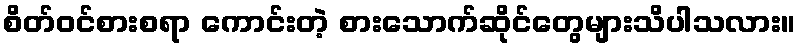
စိတ်ဝင်စားစရာ ကောင်းတဲ့ စားသောက်ဆိုင်တွေများသိပါသလား။